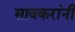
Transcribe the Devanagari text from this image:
सावकरांनी